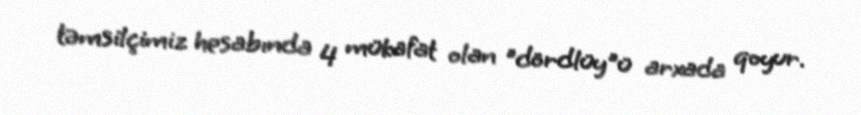
təmsilçimiz hesabında 4 mükafat olan "dördlüy"ü arxada qoyur.